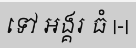
ទៅ អង្គរ ធំ |-|